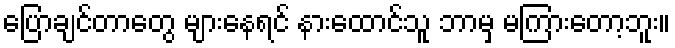
ပြောချင်တာတွေ များနေရင် နားထောင်သူ ဘာမှ မကြားတော့ဘူး။